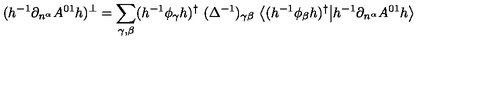
( h ^ { - 1 } \partial _ { n ^ { \alpha } } A ^ { 0 1 } h ) ^ { \bot } = \sum _ { \gamma , \beta } ( h ^ { - 1 } \phi _ { \gamma } h ) ^ { \dagger } \ ( \Delta ^ { - 1 } ) _ { \gamma \beta } \ \big \langle ( h ^ { - 1 } \phi _ { \beta } h ) ^ { \dagger } \big | h ^ { - 1 } \partial _ { n ^ { \alpha } } A ^ { 0 1 } h \big \rangle